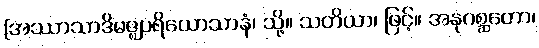
[အဿာသာဒိမဇ္ဈပရိယောသာနံ၊ သို့။ သတိယာ၊ ဖြင့်။ အနုဂစ္ဆတော၊